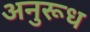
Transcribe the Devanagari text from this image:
अनुरूध